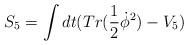
LaTeX: \begin{align*}S_{5} = \int dt (Tr(\frac{1}{2} \dot{\phi}^{2}) - V_{5})\end{align*}